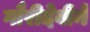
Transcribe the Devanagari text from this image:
गौरीदेवीने